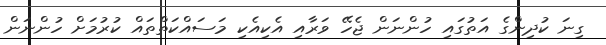
ގިނަ ކުދިންގެ އަތުގައި ހުންނަން ޖެހޭ ވަރާއި އެކިއެކި މަސައްކަތްތައް ކުރުމަށް ހުންނަން